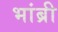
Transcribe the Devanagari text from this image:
भांब्री